Annual report of the Civil Veterinary Department, Bengal, and of the Bengal Veterinary College for the year 1904-1905 - 1904-1905
Year: 1904
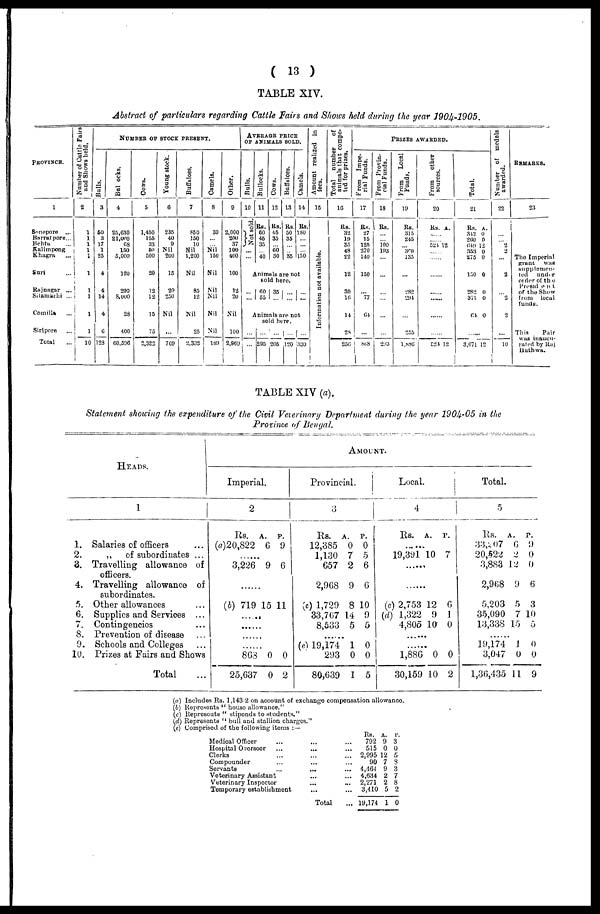
(
13
)
TABLE
XIV.
Abstract
of particulars
regarding
Cattle
Fairs
and Shows
held during
the year
1904-1905.
PROVINCE.
1
Sonepore ...
Barrat pore...
Behta ...
Kalimpong
Khagra ...
Suri ...
Rajnagar ...
Sitamarhi ...
Comilla ...
Siripore ...
Total ...
Number of Cattle Fairs
and Shows held,
2
1
1
1
1
1
1
1
1
1
1
10
Bulls.
3
50
3
17
1
25
4
4
14
4
6
128
NUMBER OF STOCK PRESENT.
Bul ocks.
4
25,630
21,000
68
150
5,000
120
200
8,000
28
400
60,506
Cows.
5
1,450
155
33
50
500
20
12
12
15
75
2,322
Young stock.
6
235
40
9
Nil
200
15
20
250
Nil
...
709
Buffaloes.
7
850
150
10
Nil
1,200
Nil
85
12
Nil
25
| 2,332
Camels.
8
39
...
...
Nil
150
Nil
Nil
Nil
Nil
Nil
189
Other.
9
2,000
200
37
100
400
100
12
20
Nil
100
2,969
AVERAGE PRICE
OF ANIMALS SOLD.
Bulls.
10
Not sold
...
Bullocks.
11
Rs.
60
45
35
...
40
Cows.
12
Rs.
45
35
...
60
30
Buffaloes.
13
Rs.
50
35
...
...
35
Camels.
14
Rs.
180
...
...
...
150
Animals are not
...
...
sold here.
60
55
35
...
...
...
...
...
Animals are not
...
...
sold here.
...
295
...
205
...
120
...
330
Amount realized in
fees.
15
Information not available.
Total number
of
animals that compe-
ted for prizes.
16
Rs.
32
19
35
48
22
12
30
16
14
28
256
From Impe-
rial Funds.
17
Rs.
27
15
125
270
140
150
...
77
64
...
868
From Provin-
cial Funds.
18
Rs.
...
...
100
193
...
...
...
...
...
...
293
PRIZES AWARDED.
From
Local
Funds.
19
Rs.
315
245
...
360
135
...
282
294
...
255
1,886
From
other
sources.
20
Rs. A.
......
......
524 12
......
......
......
......
......
......
......
524
12
Total.
21
Rs. A.
312 0
260 0
049 12
353 0
275 0
150 0
282 0
371 0
64 0
......
3,671 12
Number of medals
awarded.
22
...
2
2
...
2
...
2
2
...
10
REMARKS.
23
The Imperial
grant was
supplemen-
ted under
order of the
President
of the Show
from local
funds.
This
Fair
was inaugu-
rated by Raj
Hathwa.
TABLE XIV
(a).
Statement
showing
the expenditure
of the Civil
Veterinary
Department
during
the year 1904-05
in the
Province
of
Bengal.
HEADS.
1
1.
Salaries of officers ...
2.
„
of subordinates ...
3.
Travelling
allowance
of
officers.
4.
Travelling
allowance
of
subordinates.
5.
Other allowances ...
6.
Supplies and Services
...
7.
Contingencies ...
8.
Prevention of disease ...
9.
Schools and Colleges ...
10.
Prizes at Fairs and Shows
Total ...
Imperial.
2
Rs.
A.
P.
(a)20,822
6
9
......
3,226
9
6
......
(b) 719 15 11
......
......
......
......
863
0
0
25,637
0
2
AMOUNT.
Provincial.
3
Rs.
A.
P.
12,385
0
0
1,130
7
5
657
2
6
2,968
9
6
(c) 1,729
8 10
33,767 14
9
8,533
5
5
......
(e) 19,174
1
0
293
0
0
80,639
1
5
Local.
4
Rs.
A.
P.
19,391 10
7
......
......
(c) 2,753 12
6
(d) 1,322
9
1
4,805
10
0
......
......
1,886
0
0
30,159 10
2
Total.
5
Rs.
A.
P.
33,207
6
9
20,522
2
0
3,883 12
0
2,968
9
6
......
5,203
5
3
35,090
7 10
13,338 15
5
......
19,174
1
0
3,047
0
0
1,36,435 11
9
(a) Includes Rs. 1,143-2 on account of exchange compensation allowance.
(b) Represents "house allowance."
(c) Represents "stipends to students."
(d) Represents "bull and stallion charges."
(e) Comprised of the following items :—
Medical Officer
Hospital Overseer
Clerks
Compounder
Servants
Veterinary Assistant
Veterinary Inspector
Temporary establishment
...
...
...
...
...
...
Total
...
...
...
...
...
RS. A. P.
792 9 3
515 0 0
2,995 12 5
90 7 8
4,464 9 3
4,634 2 7
2,271 2 8
3,410 5 2
19,174 1 0